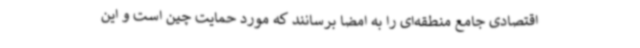
اقتصادی جامع منطقه‌ای را به امضا برسانند که مورد حمایت چین است و این